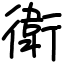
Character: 衛